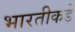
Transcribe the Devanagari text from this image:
भारतीकडे